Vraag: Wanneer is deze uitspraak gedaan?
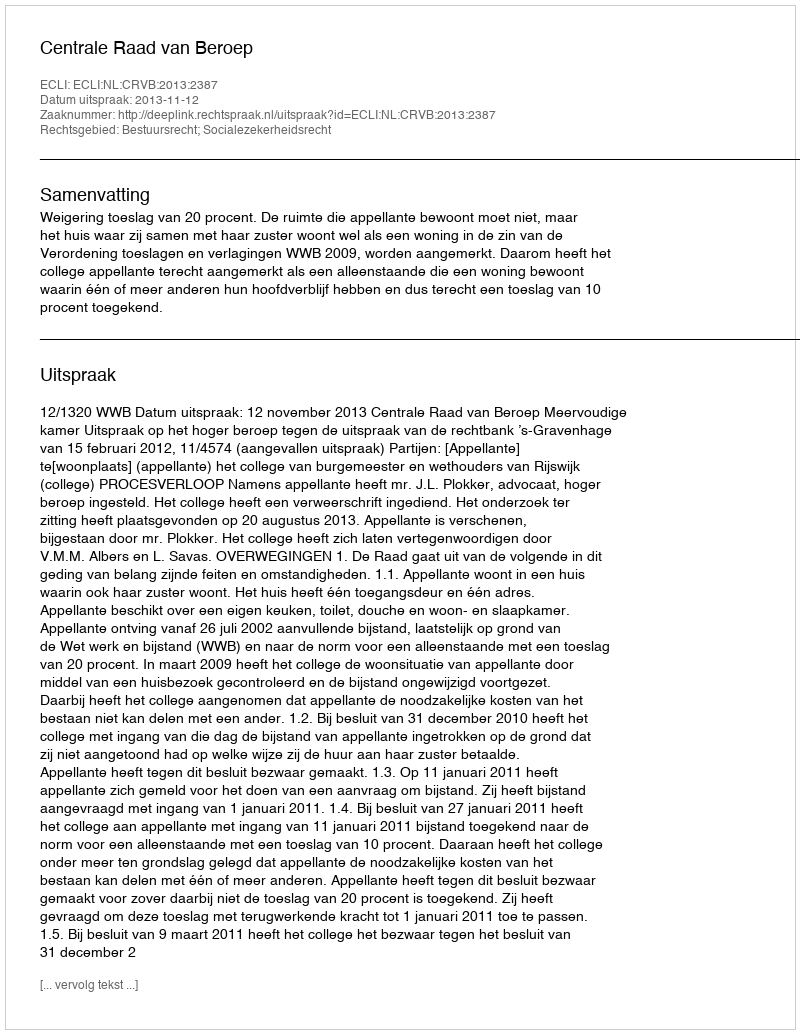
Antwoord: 2013-11-12